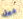
ديل